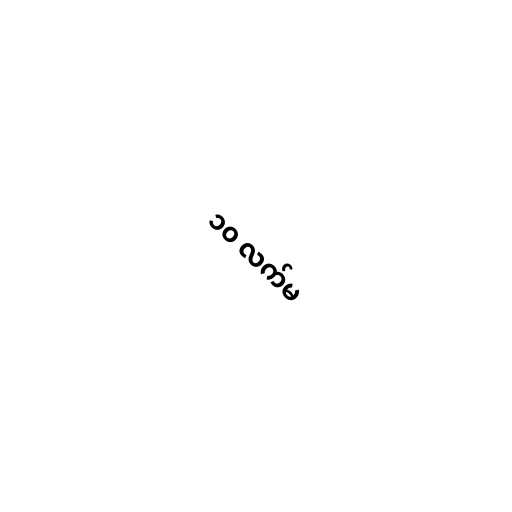
၁၀ လက်မ